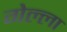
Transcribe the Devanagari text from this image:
गेल्ला